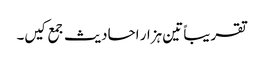
تقریباً تین ہزار احادیث جمع کیں۔